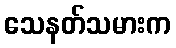
သေနတ်သမားက